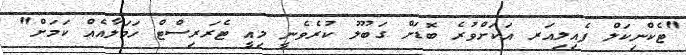
"ޓެކްނިކަލް ފެއިލިއަރ އަކަށްވުރެ ބޮޑަށް ގަބޫލު ކުރެވެނީ މިއީ ޓެރަރިސްޓް ހަމަލާއެއް ކަމަށް"